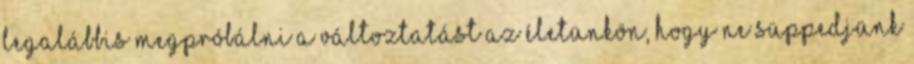
legalábbis megpróbálni a változtatást az életünkön, hogy ne süppedjünk